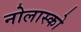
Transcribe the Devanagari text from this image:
नोलास्को